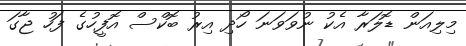
މިލިއަން ޑޮލަރާ އެކު ނުވަވަނަ ހޯދި އިރު ބޮކްސް އޮފީހުގެ ފަހު ޖާގަ